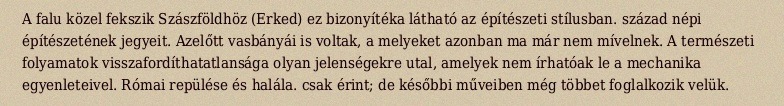
A falu közel fekszik Szászföldhöz (Erked) ez bizonyítéka látható az építészeti stílusban. század népi építészetének jegyeit. Azelőtt vasbányái is voltak, a melyeket azonban ma már nem mívelnek. A természeti folyamatok visszafordíthatatlansága olyan jelenségekre utal, amelyek nem írhatóak le a mechanika egyenleteivel. Római repülése és halála. csak érint; de későbbi műveiben még többet foglalkozik velük.